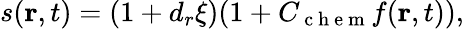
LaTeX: \begin{array}{r}{s(\textbf{r},t)=(1+d_{r}\xi)(1+C_{\mathrm{~c~h~e~m~}}f(\textbf{r},t)),}\end{array}